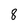
Character: 8